Report on sanitation, dispensaries, and jails in Rajputana for 1911, and on vaccination for the year 1911-1912 - 1911-1912
Year: 1911
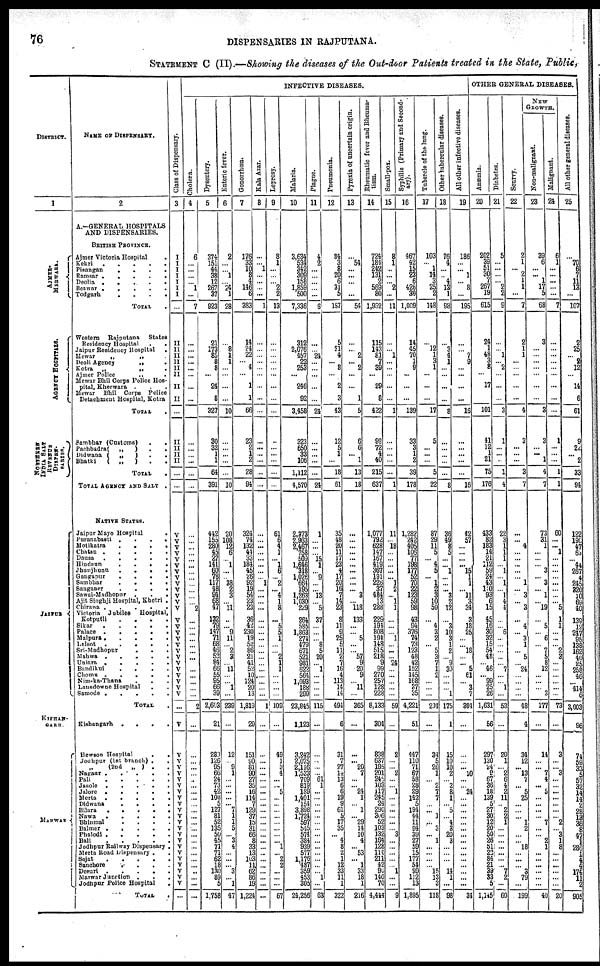
76
DISPENSARIES IN RAJPUTANA.
STATEMENT C (II).—Showing the diseases of the Out-door Patients treated in the State, Public,
DISTRICT.
1
AJMER-
MERWALA.
AGENCY HOSPITALS.
NORTHER
INDIA SALT
REVENUE
DISPEN-
SARIES.
JAIPUR
KISHAN-
GARH.
MARWAR
NAME OF DISPENSARY.
2
A.—GENERAL HOSPITALS
AND DISPENSARIES.
BRITISH PROVINCE.
Ajmer Victoria Hospital
.
Kekri
.
.
.
.
.
Pisangan . . . . . .
Ramsar . . . . . .
Deolia . . . . . . .
Beawar . . . . . . .
Todgarh . . . . . . .
TOTAL .
Western
Rajputana
States
Residency Hospital
.
Jaipur Residency Hospital
.
Mewar
„
„ .
Deoli Agency
„
„
.
Kotra
„
„
.
Ajmer Police
„
.
Mewar Bhil Corps Police Hos-
pital, Kherwara . . . .
Mewar
Bhil Corps Police
Detachment Hospital, Kotra
TOTAL .
Sambhar (Customs) . .
Pachbadra(
„
)
.
.
Didwana (
„
)
.
.
Bhatki
(
„
) . .
TOTAL
.
TOTAL AGENCY AND SALT .
NATIVE STATES.
Jaipur Mayo Hospital
.
Puranabasti
.
.
.
.
.
Motikatra . . . . . .
Chatsu
.
.
.
.
.
Dausa
.
.
.
.
.
.
Hindaun
.
.
.
.
.
.
Jhunjhunu . . . . . .
Gangapur . . . . . .
Sambhar . . . . . .
Sanganer . . . . . .
Sawai-Madhopur . . . . .
Ajit Singhji Hospital, Khetri .
Chirawa
.
.
.
.
.
.
Victoria Jubilee
Hospital,
Kotputli . . . . .
Sikar . . . . . . .
Palace
.
.
.
.
.
.
Malpura . . . . .
Lalsot
.
.
.
.
.
.
Sri-Madhopur . . . . . .
Mahwa . . . . .
Uniara
.
.
.
.
.
Bandikui . . . . . .
Chomu
.
.
.
.
.
.
Nim-ka-Thana . . . .
Lansdowne Hospital . .
Samode
.
.
.
.
..
TOTAL .
Kishangarh . . . . .
Hewson Hospital
.
.
Jodhpur (1st branch) . .
„ (2nd
„ ) . .
Nagaur
.
.
.
.
.
.
Pali
.
.
.
.
.
.
.
Jasole
.
.
.
.
.
Jalore
.
.
.
.
.
Merta
.
.
.
.
.
Didwana
.
.
.
.
.
Bilara
.
.
.
.
.
Nawa . . . . .
Bhinmal . . . . .
Balmer . . . . . .
Phalodi
.
.
.
.
.
Bali
.
.
.
.
.
Jodhpur Railway Dispensary .
Merta Road Dispensary . .
Sojat
.
.
.
.
.
.
Sanchore . . . . .
Desuri
.
.
.
.
.
Marwar Junction . . . . . .
Jodhpur Police Hospital
.
TOTAL .
Class of Dispensary.
3
I
I
I
I
I
I
I
...
II
II
II
II
II
II
II
II
...
II
II
II
II
...
...
V
V
V
V
V
V
V
V
V
V
V
V
V
V
V
V
V
V
V
V
V
V
V
V
V
V
...
V
V
V
V
V
V
V
V
V
V
V
V
V
V
V
V
V
V
V
V
V
V
V
...
INFECTIVE DISEASES.
Cholera.
4
6
...
...
...
... 1
...
7
...
...
...
...
...
...
...
...
...
...
...
...
...
...
...
...
...
...
...
...
...
...
...
...
...
... 2
...
...
...
...
...
...
...
...
...
...
...
...
2
...
...
...
...
...
...
...
...
...
...
...
...
...
...
...
...
...
...
...
...
...
...
...
...
Dysentery.
5
374
151
44
38
12
267
37
923
21
173
85
8
8
...
24
8
327
30
32
1
1
64
391
412
155
280
45
27
141
60
78
117
48
94
68
47
132
79
147
71
68
46
53
84
66
55
95
66
39
2,603
21
283
126
95
66
24
73 42
108
... 127
81
52
135
50
45
71
71
62
18
130
89
5
1,758
Enteric fever.
6
2
...
... 1
... 24
1
28
...
8
1
1
...
...
...
...
10
...
...
...
...
...
10
20
108 12
6
... 1
...
... 38
2
3
...
11
...
... 9
11
... 2
3
... 11
...
... 1
...
239
...
12
... 9
1
...
...
...
...
... 7
1
1 5
...
3 4
...
...
... 3
... 1
47
Gonorrhœa.
7
176
33
10
8
4
146
6
383
14
24
22
... 4
...
1
1
66
23
2
1
2
28
94
324
74
132
44
33
184
45
26
92
19
54
23
23
36
42
230
19
52
86
21
41
52
10
124
20
13
1,819
29
151
90
81
90
27
35
16
114
7 129
37
15
31
66
8
33
13
103
11
62
86
19
1,224
Kala Azar.
8
...
... 1
...
...
...
...
1
...
...
...
...
...
...
...
...
...
...
...
...
...
...
...
...
...
...
...
...
...
...
... 1
...
...
...
...
...
...
...
...
...
...
...
...
...
....
...
...
...
1
...
...
...
...
...
... ...
...
... ...
...
...
...
... ...
...
...
...
...
...
...
...
...
...
Leprosy.
9
8
1
...
...
... 2
2
13
...
...
...
...
...
...
...
...
...
...
...
...
...
...
...
61
6
4
1
... 1
6
... 2
... 4
1
3
...
5
5
1
...
... 2
1
1
...
...
...
...
109
...
49
1
3
4
...
... 5
...
...
...
...
...
...
...
... 1
... 2
2
...
...
...
67
Malaria.
10
3,634
534
342
309
158
1,859
500
7,336
312
2,076
457
22
253
...
246
92
3,458
323
650
33
106
1,112
4,570
2,373
2,963
2,467
758
509
1,646
318
1,026
664
195
1,263
1,030
229
264
585
1,862
274
479
671
521
981
622
564
1,093
188
299
23,845
1,123
3,242
2,075
2,116
1,533
709
819
189
1,401
154
3,898
1,724
597
545
574
384
939
577
1,176
487
359
453
305
24,256
Plague.
11
4
2
...
...
...
...
...
6
...
... 24
...
...
...
...
...
24
...
...
...
...
...
24
1
...
...
... 15
1
... 9
...
... 13
... 5
37
...
...
... 8
5
20
... 1
...
...
...
...
115
...
...
...
...
... 61
1
...
...
...
...
...
...
...
...
...
...
...
...
...
...
1
...
63
Pneumonia.
12
84
3
8
20
6
31
5
157
5
21
4
... 8
...
2
3
43
12
5
1
...
18
61
35
48
20
11
17
23
4
17
20 16
7
14
23
8
11
9
25
5
11
2
7
16
4
113
14
14
494
6
31
7
27
14
13
6
6
19
9
61
5 17
35
... 4 8
2
1
12
33
11
1
322
Pyrexia of uncertain origin.
13
...
54
...
...
...
...
54
...
... 2
... 2
...
...
1
5
6
6
... 1
13
18
...
...
...
...
...
...
...
...
...
... 3
... 118
133
...
... 5
...
... 57
9
21
9
... 11
365
...
... 20
7
...
... 24
1
... 1
... 29
14
10
4
... 53
... 1
33
18
1
216
Rheumatic fever and Rheuma-
tism.
14
724
184
242
131
2
569
80
1,932
115
143
81
7
39
...
29
8
422
99
72
4
40
215
637
1,077
792
628
147
167
419
367
191
226
37
484
13
288
229
191
808
194
148
515
218
9
99
270
257
128
228
8,133
304
838
631
195
201
246
103
117
245
24
290
306
52
103
132
164
128
110
211
42
90
140
70
4,444
Small-pox.
15
8
1
...
...
... 2
...
11
...
... 1
...
...
...
...
...
1
...
...
...
...
...
1
11
... 18
...
...
...
...
... 1
2
... 1
1
...
...
... 1
... ...
... 24
...
...
...
...
...
59
...
2
...
... 2
...
... 1
...
...
...
...
...
... 3
...
...
...
...
... 1
...
...
9
Syphilis (Primary and Second-
ary).
16
467
42
15
23
6
426
30
1,009
14
45
70
1
9
...
...
...
139
33
3
1
2
39
178
1,282
242
405
106
77
198
177
52
70
22
123
59
98
43
94
376
74
73
123
48
42
152
145
168
37
35
4,221
51
447
110
71
67
58
28
29
142
5
194
44
11
94
39
27
59
15
177
54
99
112
13
1,895
Tubercle of the lung.
17
103
... 1
14
3
25
2
148
...
12
1
3
1
...
...
...
17
5
...
...
...
5
22
87
29
11
5
... 4
5
... 1
2
3
10
50
...
4
3
2
... 5
3 7
1
2
...
...
...
234
...
34
5
26
1
... 2
7 7
...
...
...
...
3
... 1
...
...
...
... 15
13
3
118
Other tubercular diseases.
18
76
4
...
... 4
13
1
98
...
3
4
1
...
...
...
...
8
...
...
...
...
...
8
36
49
8
5
...
... 1
...
...
... 3
2
12
...
3
10
3
1
2
... 9
30
...
...
... 1
175
1
15
10
10
2
... 2
8
1
... 5
... 4 2
20
3
...
...
...
... 14
1
...
98
All other infective diseases.
19
186
...
... 1
... 8
...
195
...
... 7
9
...
...
...
...
16
...
...
...
...
...
16
42
57
...
...
...
... 15
1
1
... 11
3
34
3
18
25
...
... 18
...
... 5
61
... 3
7
304
...
...
...
... 10
...
... 24
...
...
...
...
...
...
...
...
...
...
...
...
...
...
...
39
OTHER GENERAL DISEASES.
Anæmia.
20
202
39
51
30
7
267
19
615
24
1
48
3
8
...
17
...
101
41
12
1
21
75
176
433
82
183
14
21
112
59
24
43
110
93
6
15
45
16
30
32
15
54
48
... 46
... 99
25
26
1,631
56
297
130
2 4 9
67
36
18
139 5
27
30
12
20
50
26
51
22
84
21
39
33
5
1,145
Diabetes.
21
5
...
...
...
... 2
2
9
...
... 1
... 2
...
...
...
3
1
...
...
...
1
4
22
3
1
1
1
... 1
... 1
... 1
4
4
...
... 6
...
...
...
...
... 7
...
... 1
...
53
...
20
1
... 2 6
4 2
11
.. 2
2 1
... ...
... ...
...
...
... 7
2
...
60
Scurvy.
22
2
1
... 2
1
1
...
7
2
1
1
...
...
...
...
...
4
3
...
...
...
3
7
...
... 4
...
...
...
...
... 1
... 3
... 3
...
4
... 3
1
... 5
... 24
...
...
...
...
48
4
34
12
... 13
7
...
5 25
...
...
... 1
2
...
... 18
...
...
... 3
79
...
199
NEW
GROWTH.
Non-malignant.
23
39
6
...
... 1
17
5
68
3
...
...
...
...
...
...
...
3
3
...
... 1
4
7
73
31
1
...
...
... 3
... 3
... 1
... 19
...
5
... 6
... 7
5
8
12
...
...
... 3
177
...
14
...
... 7
4
... 5
...
...
...
... 7
...
... 2
1
...
...
...
...
...
...
40
Malignant.
24
6
1
...
...
...
...
...
7
...
...
...
...
...
...
...
...
...
1
...
...
...
1
1
60
... ... 1
...
...
...
...
...
...
...
... 5
1
1
...
...
... 2
3
...
...
...
...
...
...
73
...
3
...
... 3
...
...
...
...
...
...
... 2
... 3
1
8
...
...
...
...
...
...
20
All other general diseases.
25
...
70
6
7
11
13
...
107
2
25
... 2
12
...
14
6
61
9
22
... 2
33
94
122
190
47
...
... 44
267
4
245
320
10
69
40
139
12
247
95
138
162
40
25
258
46
...
414
6
3,003
96
74
59
33
5
57
32
14
14
2
28
13
36
8
47
1
286
1
4
4
174
11
2
905